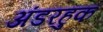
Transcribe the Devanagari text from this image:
अंडरहुक